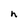
Character: h